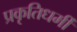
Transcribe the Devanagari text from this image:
प्रकृतिधर्मी